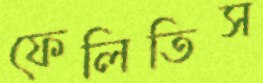
ফেলিতিস